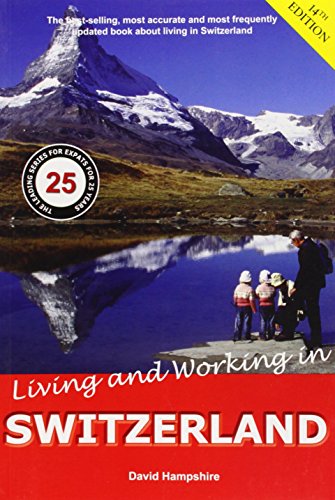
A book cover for Living and Working in Switzerland: A Survival Handbook; David Hampshire; Travel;